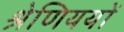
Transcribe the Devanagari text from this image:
श्रेणिययों